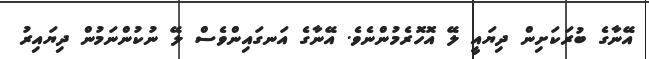
އޭނާގެ ބުރަކަށިން ދިޔައީ ލޭ އޮހޮރެމުންނެވެ. އޭނާގެ އަނގައިންވެސް ލޭ ނުކުންނަމުން ދިޔައިރު